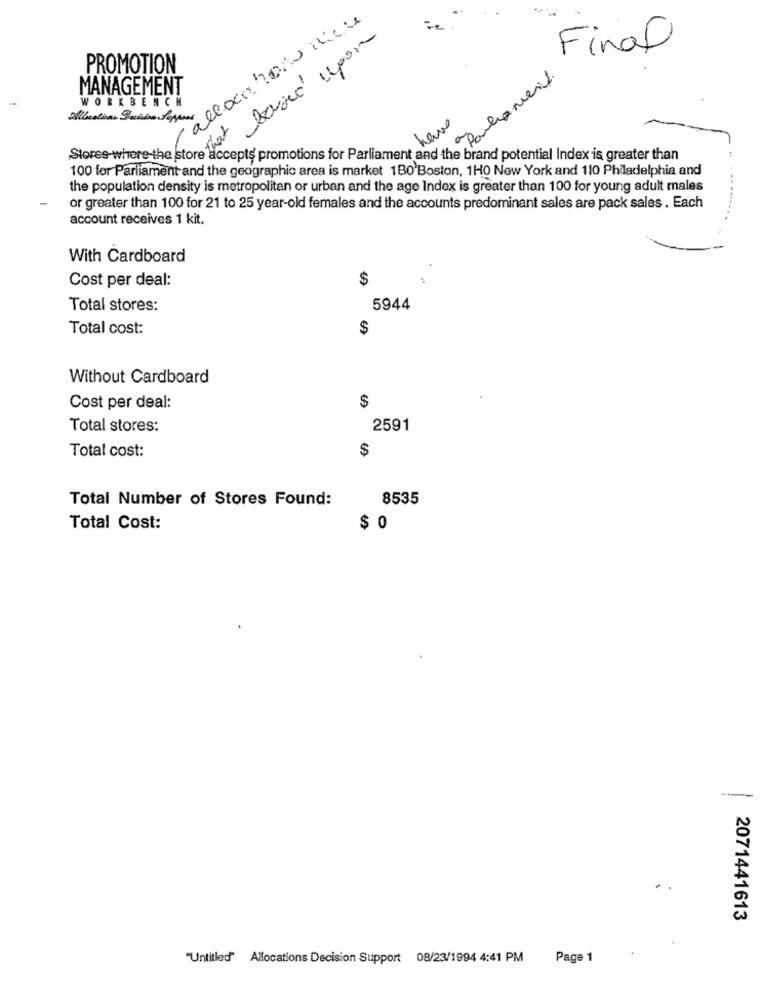
alloco hon inicie
that based upon
Final
PROMOTION
é Partanier%.
MANAGEMENT
WORKBENCH
Alleslives Pechino Poppen
have
Stores-where the store accepts promotions for Parliament and the brand potential Index is greater than
100 for Parliament and the geographic area is market 180'Boston, 1H0 New York and 110 Philadelphia and
the population density is metropolitan or urban and the age Index is greater than 100 for young adult males
or greater than 100 for 21 to 25 year-old females and the accounts predominant sales are pack sales . Each
account receives 1 kit.
With Cardboard
Cost per deal:
$
Total stores:
5944
Total cost:
$
Without Cardboard
Cost per deal:
$
Total stores:
2591
Total cost:
$
Total Number of Stores Found:
8535
Total Cost:
$ 0
-
2071441613
"Untitled" Allocations Decision Support 08/23/1994 4:41 PM
Page 1